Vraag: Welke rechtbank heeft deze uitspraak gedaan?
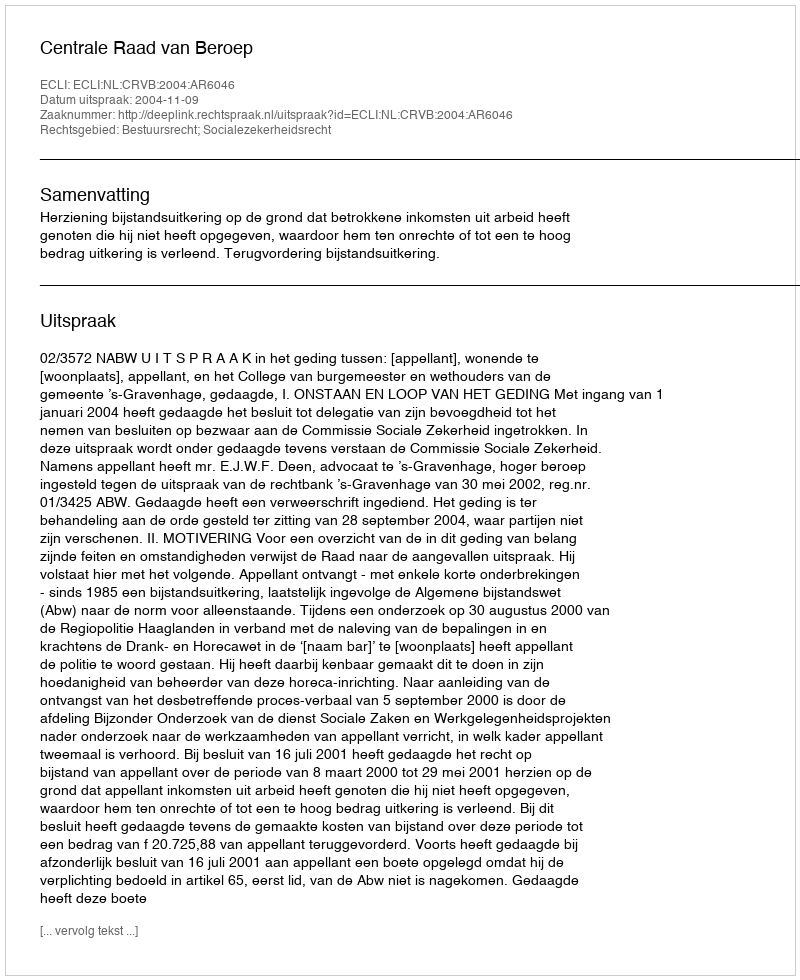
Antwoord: Centrale Raad van Beroep